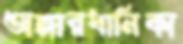
অঙ্গারধানিকা